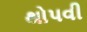
થોપવી